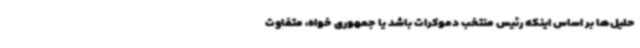
حلیل‌ها بر اساس اینکه رئیس منتخب دموکرات باشد یا جمهوری خواه، متفاوت